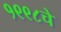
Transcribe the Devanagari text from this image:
१९९८चे